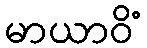
မာယာဝိံ